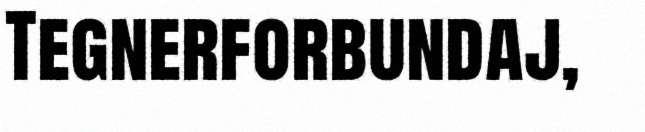
Tegnerforbundaj,